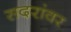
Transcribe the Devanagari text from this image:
सदरांवर